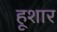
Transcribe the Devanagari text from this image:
हूशार